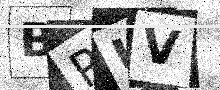
Text: BRUV